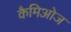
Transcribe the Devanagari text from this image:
कैमिओज